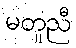
မတူညီ